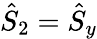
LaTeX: \hat{S}_{2}=\hat{S}_{y}